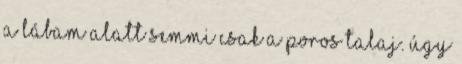
a lábam alatt semmi csak a poros talaj. Úgy